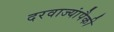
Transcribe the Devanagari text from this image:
दरवाज्यांपैकी